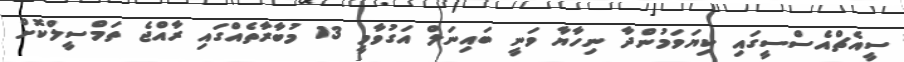
ސީއެޗްއެސްސީގައި ކިޔަވަމުންދާ ނިހާޔާ ވަނީ ބައިނަލް އަގުވާމީ 13 މުބާރާތެއްގައި ރާއްޖެ ތަމްސީލްކޮށް